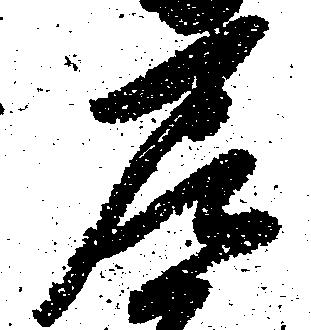
尼